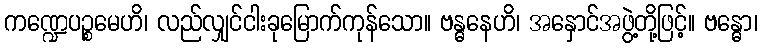
ကဏ္ဍေပဉ္စမေဟိ၊ လည်လျှင်ငါးခုမြောက်ကုန်သော။ ဗန္ဓနေဟိ၊ အနှောင်အဖွဲ့တို့ဖြင့်။ ဗန္ဓော၊